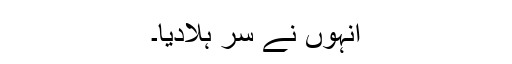
انہوں نے سر ہلادیا۔